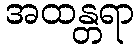
အထန္တရာ